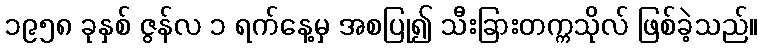
၁၉၅၈ ခုနှစ် ဇွန်လ ၁ ရက်နေ့မှ အစပြု၍ သီးခြားတက္ကသိုလ် ဖြစ်ခဲ့သည်။